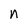
Character: n